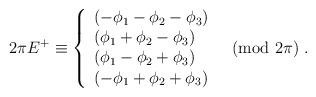
LaTeX: \begin{align*}2 \pi E^{+} \equiv \left\{ \begin{array}{l} (-\phi_{1}-\phi_{2}-\phi_{3})\\ (\phi_{1}+\phi_{2}-\phi_{3})\\ (\phi_{1}-\phi_{2}+\phi_{3})\\ (-\phi_{1}+\phi_{2}+\phi_{3}) \end{array}\quad \mbox{(mod $2\pi$)}~.\right.\end{align*}